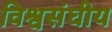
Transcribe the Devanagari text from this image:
विश्वसंघीय